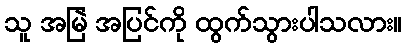
သူ အမြဲ အပြင်ကို ထွက်သွားပါသလား။